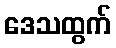
ဒေသထွက်